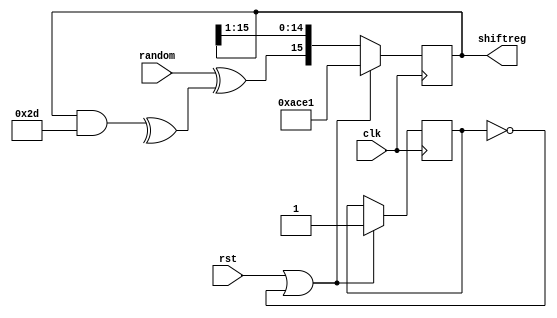
module lfsr(input wire clk, input wire random, output reg [WIDTH-1:0] shiftreg, input wire rst);

	parameter WIDTH = 'd16;
	parameter INIT_VALUE = 16'b1010_1100_1110_0001;
	parameter FEEDBACK = 16'b0000_0000_0010_1101;

	wire feedback;
	reg init_done = 0;

	assign feedback = random ^ (^(shiftreg & FEEDBACK));

	always @(posedge clk) begin
		if(rst || !init_done) begin
			shiftreg <= INIT_VALUE;
			init_done <= 1;
		end else begin
			shiftreg <= {feedback, shiftreg[WIDTH-1:1]};
		end
	end

endmodule